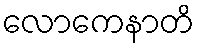
လောကေနာတိ